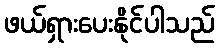
ဖယ်ရှားပေးနိုင်ပါသည်